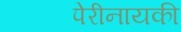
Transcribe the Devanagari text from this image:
पेरीनायकी